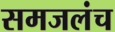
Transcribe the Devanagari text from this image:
समजलंच